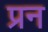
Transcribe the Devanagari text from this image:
प्रन